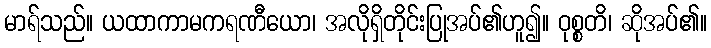
မာရ်သည်။ ယထာကာမကရဏီယော၊ အလိုရှိတိုင်းပြုအပ်၏ဟူ၍။ ဝုစ္စတိ၊ ဆိုအပ်၏။